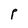
Character: P